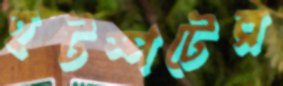
হটস্পটের